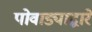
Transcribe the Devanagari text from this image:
पोवाड्याद्वारे